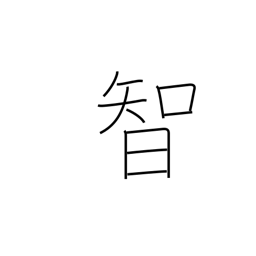
Meaning: intellect